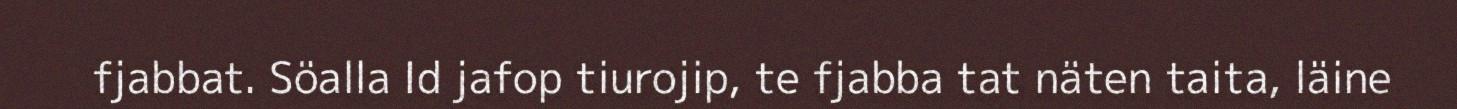
fjabbat. Söalla Id jafop tiurojip, te fjabba tat näten taita, läine